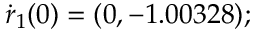
\dot { \boldsymbol { r } } _ { 1 } ( 0 ) = ( 0 , - 1 . 0 0 3 2 8 ) ;